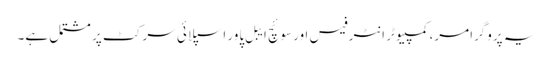
یہ پروگرامر، کمپیوٹر انٹرفیس اور سوئچ ایبل پاور اسپلائی سرکٹ پر مشتمل ہے۔